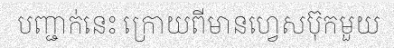
បញ្ជាក់នេះ ក្រោយពីមានហ្វេសប៊ុកមួយ